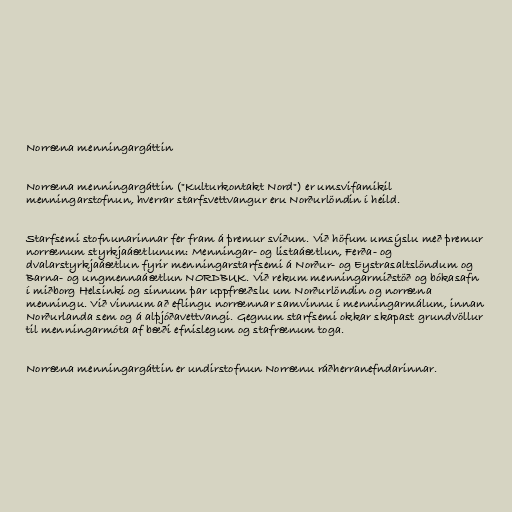
Norræna menningargáttin

Norræna menningargáttin ("Kulturkontakt Nord") er umsvifamikil
menningarstofnun, hverrar starfsvettvangur eru Norðurlöndin í heild.

Starfsemi stofnunarinnar fer fram á þremur sviðum. Við höfum umsýslu með þremur
norrænum styrkjaáætlunum: Menningar- og listaáætlun, Ferða- og
dvalarstyrkjaáætlun fyrir menningarstarfsemi á Norður- og Eystrasaltslöndum og
Barna- og ungmennaáætlun NORDBUK. Við rekum menningarmiðstöð og bókasafn
í miðborg Helsinki og sinnum þar uppfræðslu um Norðurlöndin og norræna
menningu. Við vinnum að eflingu norrænnar samvinnu í menningarmálum, innan
Norðurlanda sem og á alþjóðavettvangi. Gegnum starfsemi okkar skapast grundvöllur
til menningarmóta af bæði efnislegum og stafrænum toga.

Norræna menningargáttin er undirstofnun Norrænu ráðherranefndarinnar.